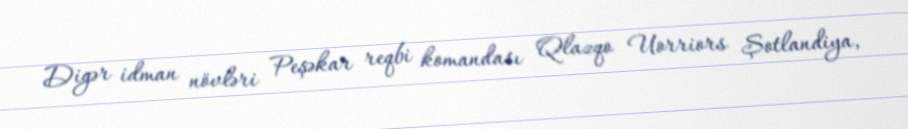
Digər idman növləri Peşəkar reqbi komandası Qlazqo Uorriors Şotlandiya,